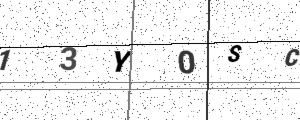
Text: 13Y0SC